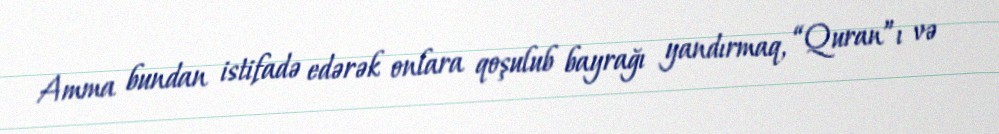
Amma bundan istifadə edərək onlara qoşulub bayrağı yandırmaq, “Quran”ı və